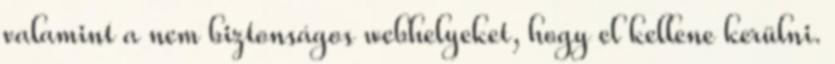
valamint a nem biztonságos webhelyeket, hogy el kellene kerülni.